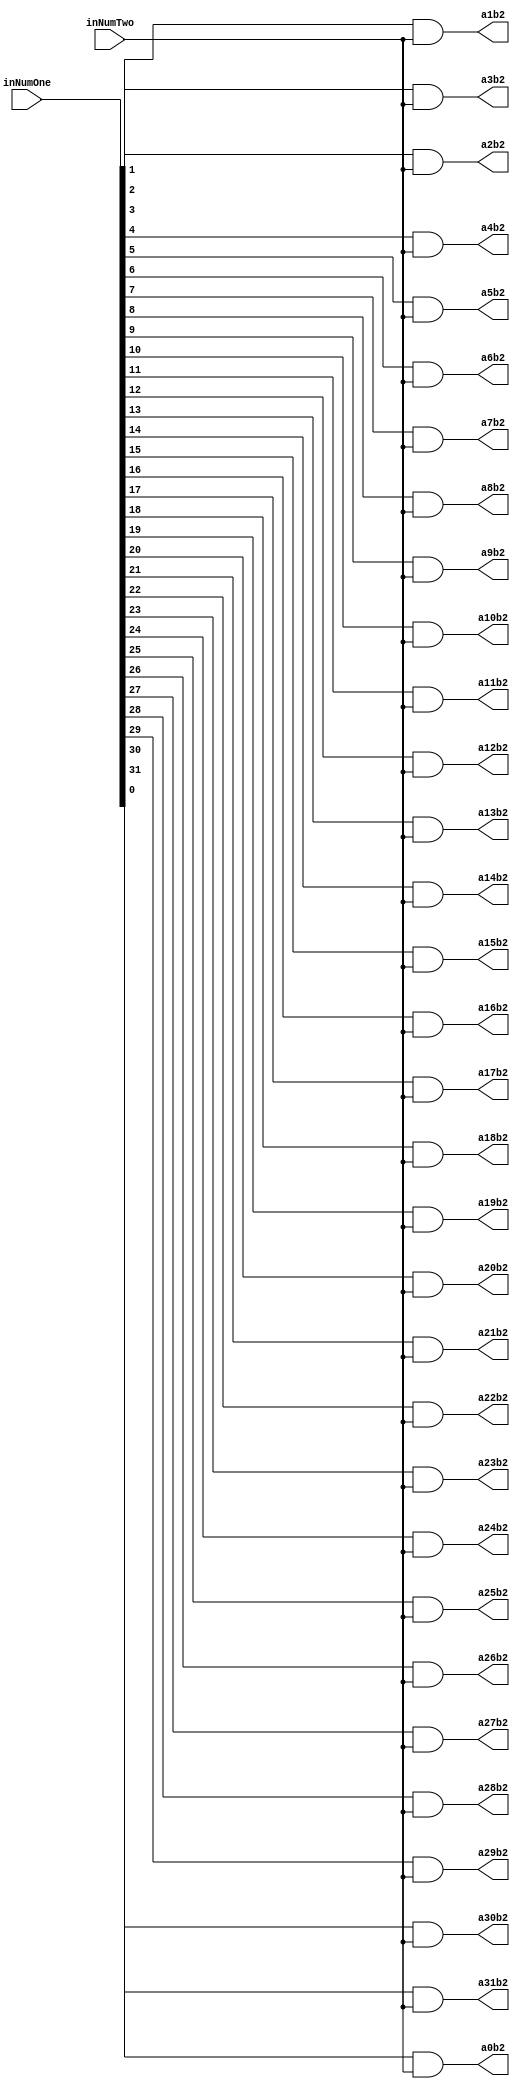
`timescale 1ns / 1ps

module PartialProductRow2(inNumOne,inNumTwo,a0b2,a1b2,a2b2,a3b2,a4b2,a5b2,a6b2,a7b2,a8b2,a9b2,a10b2,a11b2,a12b2,a13b2,a14b2,a15b2,a16b2,a17b2,a18b2,a19b2,a20b2,a21b2,a22b2,a23b2,a24b2,a25b2,a26b2,a27b2,a28b2,a29b2,a30b2,a31b2);
input [31:0] inNumOne;
input inNumTwo;
output reg a0b2,a1b2,a2b2,a3b2,a4b2,a5b2,a6b2,a7b2,a8b2,a9b2,a10b2,a11b2,a12b2,a13b2,a14b2,a15b2,a16b2,a17b2,a18b2,a19b2,a20b2,a21b2,a22b2,a23b2,a24b2,a25b2,a26b2,a27b2,a28b2,a29b2,a30b2,a31b2;

always@(inNumOne,inNumTwo)begin
	a0b2 <= inNumOne[0] & inNumTwo;
	a1b2 <= inNumOne[1] & inNumTwo;
	a2b2 <= inNumOne[2] & inNumTwo;
	a3b2 <= inNumOne[3] & inNumTwo;
	a4b2 <= inNumOne[4] & inNumTwo;
	a5b2 <= inNumOne[5] & inNumTwo;
	a6b2 <= inNumOne[6] & inNumTwo;
	a7b2 <= inNumOne[7] & inNumTwo;
	a8b2 <= inNumOne[8] & inNumTwo;
	a9b2 <= inNumOne[9] & inNumTwo;
	a10b2 <= inNumOne[10] & inNumTwo;
	a11b2 <= inNumOne[11] & inNumTwo;
	a12b2 <= inNumOne[12] & inNumTwo;
	a13b2 <= inNumOne[13] & inNumTwo;
	a14b2 <= inNumOne[14] & inNumTwo;
	a15b2 <= inNumOne[15] & inNumTwo;
	a16b2 <= inNumOne[16] & inNumTwo;
	a17b2 <= inNumOne[17] & inNumTwo;
	a18b2 <= inNumOne[18] & inNumTwo;
	a19b2 <= inNumOne[19] & inNumTwo;
	a20b2 <= inNumOne[20] & inNumTwo;
	a21b2 <= inNumOne[21] & inNumTwo;
	a22b2 <= inNumOne[22] & inNumTwo;
	a23b2 <= inNumOne[23] & inNumTwo;
	a24b2 <= inNumOne[24] & inNumTwo;
	a25b2 <= inNumOne[25] & inNumTwo;
	a26b2 <= inNumOne[26] & inNumTwo;
	a27b2 <= inNumOne[27] & inNumTwo;
	a28b2 <= inNumOne[28] & inNumTwo;
	a29b2 <= inNumOne[29] & inNumTwo;
	a30b2 <= inNumOne[30] & inNumTwo;
	a31b2 <= inNumOne[31] & inNumTwo;
end

endmodule